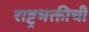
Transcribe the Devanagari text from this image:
राष्ट्रभक्तीची